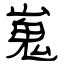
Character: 嵬